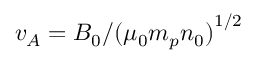
v _ { A } = B _ { 0 } / { ( \mu _ { 0 } m _ { p } n _ { 0 } ) } ^ { 1 / 2 }